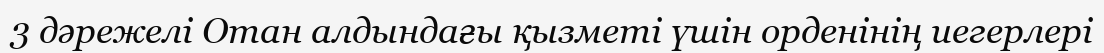
3 дәрежелі Отан алдындағы қызметі үшін орденінің иегерлері